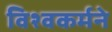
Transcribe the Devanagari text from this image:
विश्वकर्मने